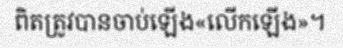
ពិតត្រូវបានចាប់ឡើង«លើកឡើង»។